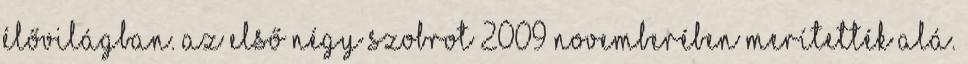
élővilágban. Az első négy szobrot 2009 novemberében merítették alá.